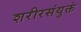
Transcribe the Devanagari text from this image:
शरीरसंयुक्तं